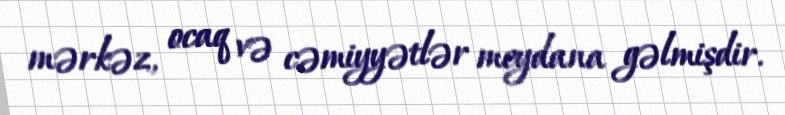
mərkəz, ocaq və cəmiyyətlər meydana gəlmişdir.